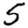
Digit: 5